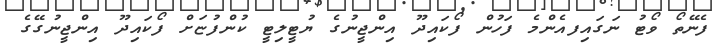
ފެނޭތޯ ވޯޓު ނަގައިފއެންމެ ފަހުން ފޯކައިދޫ އިންޖީނުގެ ޔުޓީލިޓީ ކުންފުޏަށް ފޯކައިދޫ އިންޖީނުގޭގެ